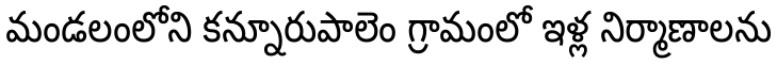
మండలంలోని కన్నూరుపాలెం గ్రామంలో ఇళ్ల నిర్మాణాలను